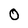
Character: 0